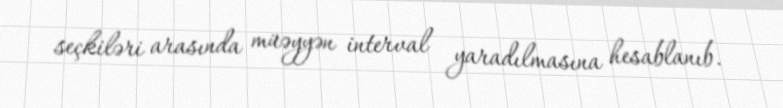
seçkiləri arasında müəyyən interval yaradılmasına hesablanıb.